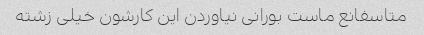
متاسفانع ماست بورانی نیاوردن این کارشون خیلی زشته